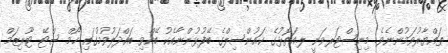
ތައްޔާރުވަމުންނެވެ. މިނިސްޓަރވަނީ ލ.އަތޮޅުގެ ކައުންސިލްގެ ބޭފުޅުންނާއެކު ބޭއްވި ބައްދަލުވުމުގައި ހޯމް ސްޓޭ ޓޫރިޒަމް